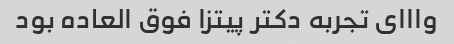
وااای تجربه دکتر پیتزا فوق العاده بود